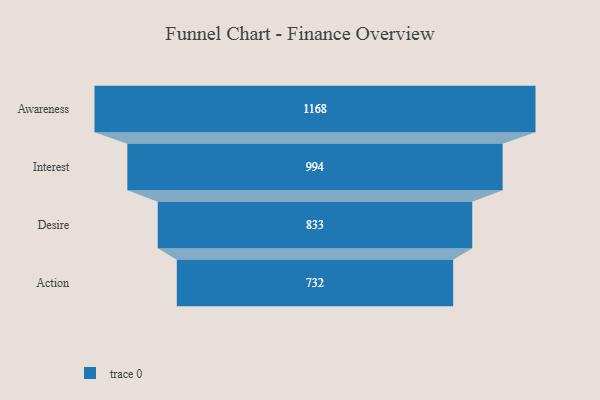
{"axis": {"x": "Stage", "y": "Value"}, "legend": [""], "data": [{"x": "Awareness", "y": 1168.0, "type": ""}, {"x": "Interest", "y": 994.0, "type": ""}, {"x": "Desire", "y": 833.0, "type": ""}, {"x": "Action", "y": 732.0, "type": ""}]}